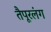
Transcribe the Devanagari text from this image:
तैपूरलंग